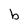
Character: b